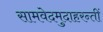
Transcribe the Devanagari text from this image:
सामवेदमुदाहरन्तीं